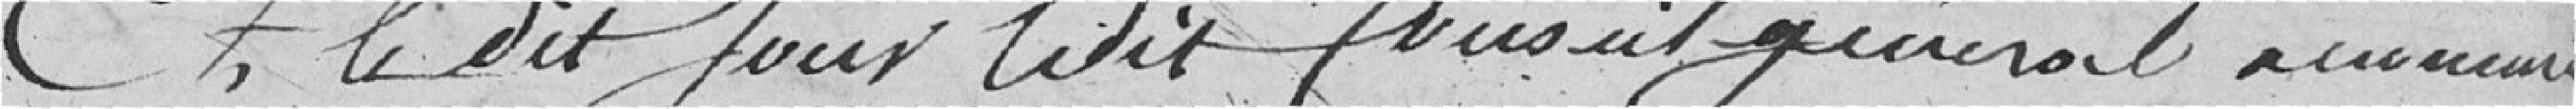
Et, le dit jour le dit Conseil Général annonce